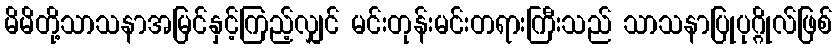
မိမိတို့သာသနာအမြင်နှင့်ကြည့်လျှင် မင်းတုန်းမင်းတရားကြီးသည် သာသနာပြုပုဂ္ဂိုလ်ဖြစ်